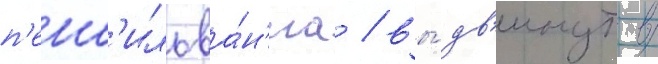
п'енс'ильва́н'иа / вы́дв'инут в